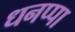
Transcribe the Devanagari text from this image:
धनप्पा